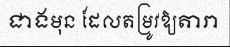
ជាងមុន ដែលតម្រូវឱ្យតារា